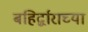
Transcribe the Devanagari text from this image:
बहिर्द्वाराच्या